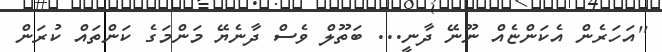
''އަހަރެން އެކަންޏެއް ނޫނޭ ދާނީ... ބަތޫލް ވެސް ދާނެޔޭ މަންމަގެ ކަންތައް ކުރަން